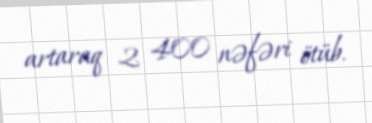
artaraq 2 400 nəfəri ötüb.